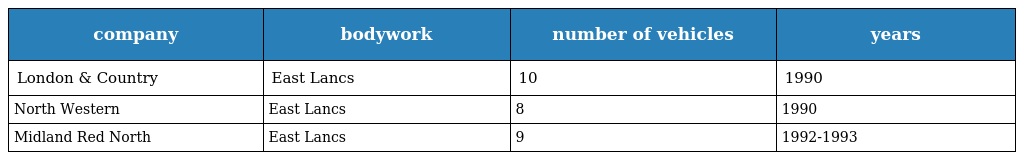
| company | bodywork | number of vehicles | years |
 | --- | --- | --- | --- |
 | London & Country | East Lancs | 10 | 1990 |
 | North Western | East Lancs | 8 | 1990 |
 | Midland Red North | East Lancs | 9 | 1992-1993 |